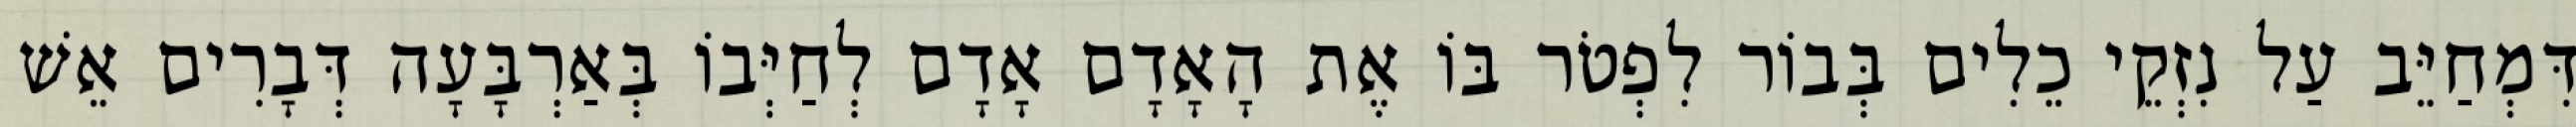
דִּמְחַיֵּב עַל נִזְקֵי כֵלִים בְּבוֹר לִפְטֹר בּוֹ אֶת הָאָדָם אָדָם לְחַיְּבוֹ בְּאַרְבָּעָה דְּבָרִים אֵשׁ